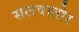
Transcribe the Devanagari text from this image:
सलवातोर